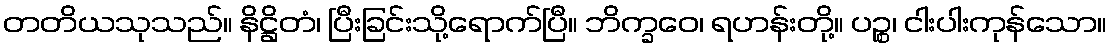
တတိယသုသည်။ နိဋ္ဌိတံ၊ ပြီးခြင်းသို့ရောက်ပြီ။ ဘိက္ခဝေ၊ ရဟန်းတို့။ ပဉ္စ၊ ငါးပါးကုန်သော။